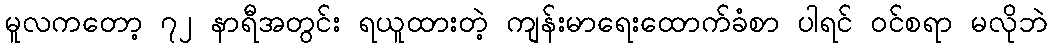
မူလကတော့ ၇၂ နာရီအတွင်း ရယူထားတဲ့ ကျန်းမာရေးထောက်ခံစာ ပါရင် ဝင်စရာ မလိုဘဲ